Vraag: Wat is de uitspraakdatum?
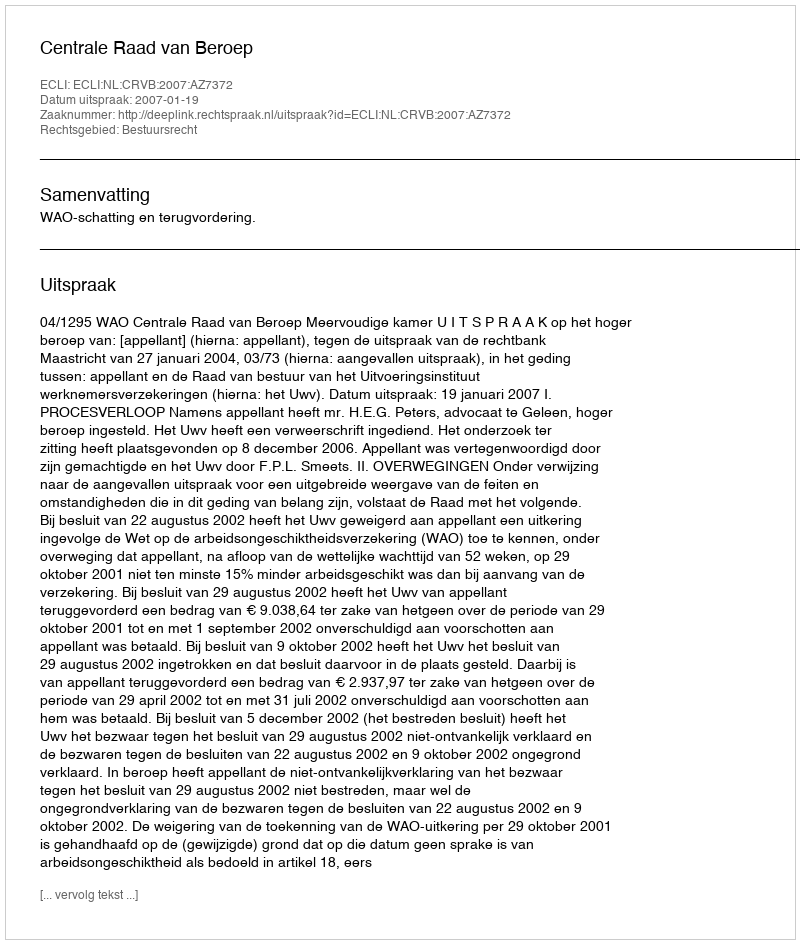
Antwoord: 2007-01-19